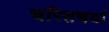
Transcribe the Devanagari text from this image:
चरितचर्या